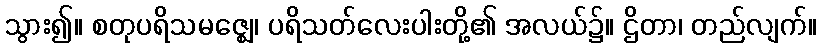
သွား၍။ စတုပရိသမဇ္ဈေ၊ ပရိသတ်လေးပါးတို့၏ အလယ်၌။ ဌိတာ၊ တည်လျက်။